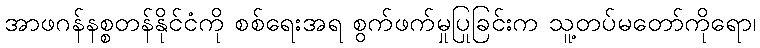
အာဖဂန်နစ္စတန်နိုင်ငံကို စစ်ရေးအရ စွက်ဖက်မှုပြုခြင်းက သူ့တပ်မတော်ကိုရော၊